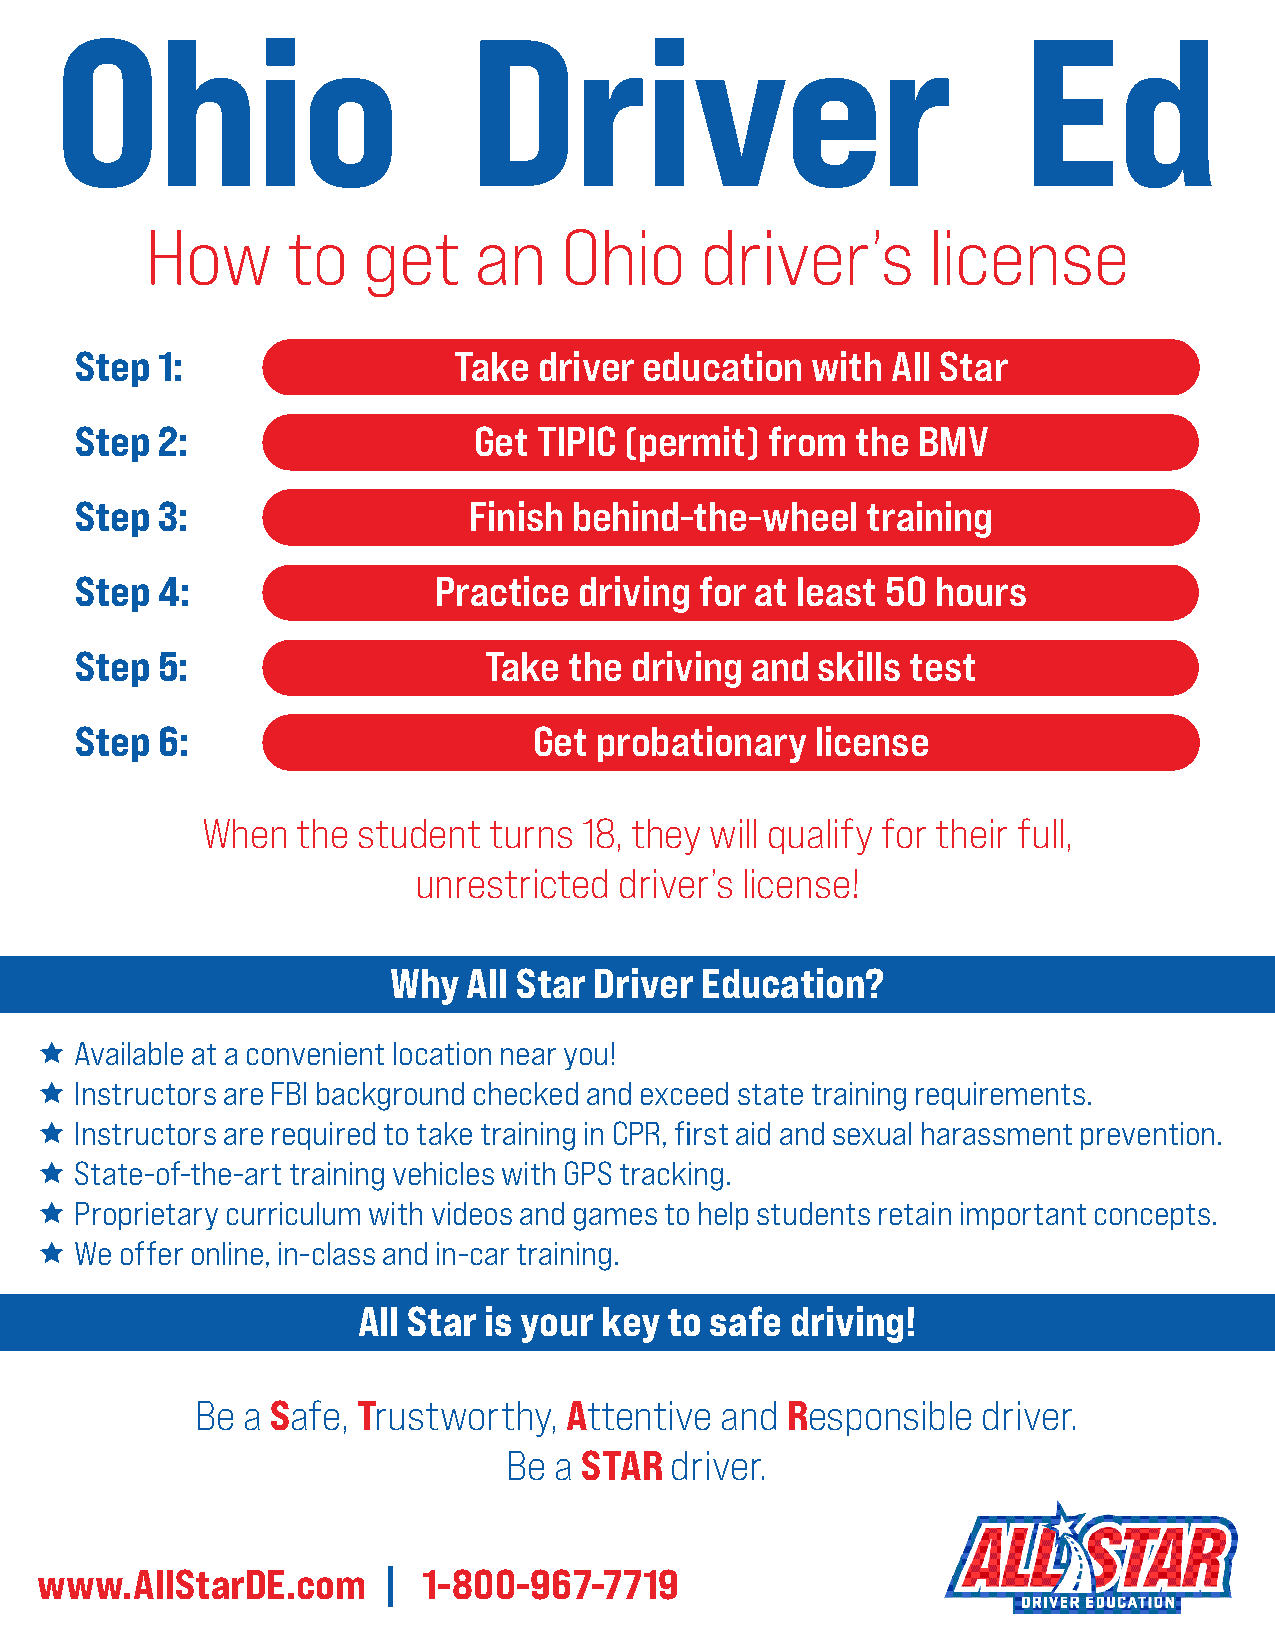
How      to   get    an    Ohio     driver’s       license
 Step 1:                  Take  driver education  with All Star
 Step 2:                   Get  TIPIC (permit) from  the BMV
 Step 3:                   Finish behind-the-wheel   training
 Step 4:                 Practice driving for at least 50 hours
 Step 5:                    Take  the driving and skills test
 Step 6:                       Get probationary   license
 When   the student turns  18, they will qualify for their full,
 unrestricted  driver’s license!
 Why  All Star Driver Education?
 Ì  Available at a convenient location near you!
 Ì  Instructors are FBI background checked and exceed state training requirements.
 Ì  Instructors are required to take training in CPR, first aid and sexual harassment prevention.
 Ì  State-of-the-art training vehicles with GPS tracking.
 Ì  Proprietary curriculum with videos and games to help students retain important concepts.
 Ì  We offer online, in-class and in-car training.
 All Star is your key to safe driving!
 Be a Safe, Trustworthy,  Attentive and Responsible  driver.
 Be a STAR driver.
 www.AllStarDE.com      |  1-800-967-7719